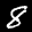
Label: 8